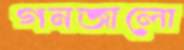
গনজালো